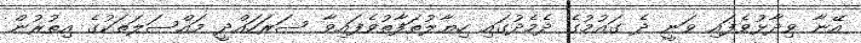
އޭނާ ވިދާޅުވެފައި ވަނީ ދެ ގައުމުގެ ދެމެދުގައި ހިޔާލުތަފާތުވެފައިވާ ސަރަހައްދީ މައްސަލަތަކުގެ އިތުރުން